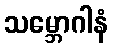
သမ္ဘောဂါနံ